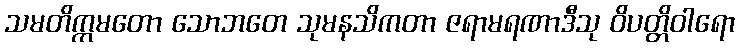
သမတိက္ကမတော သောဘတေ သုမနသိကတာ ဇရာမရဏာဒီသု ဝိပတ္တိဝါရော